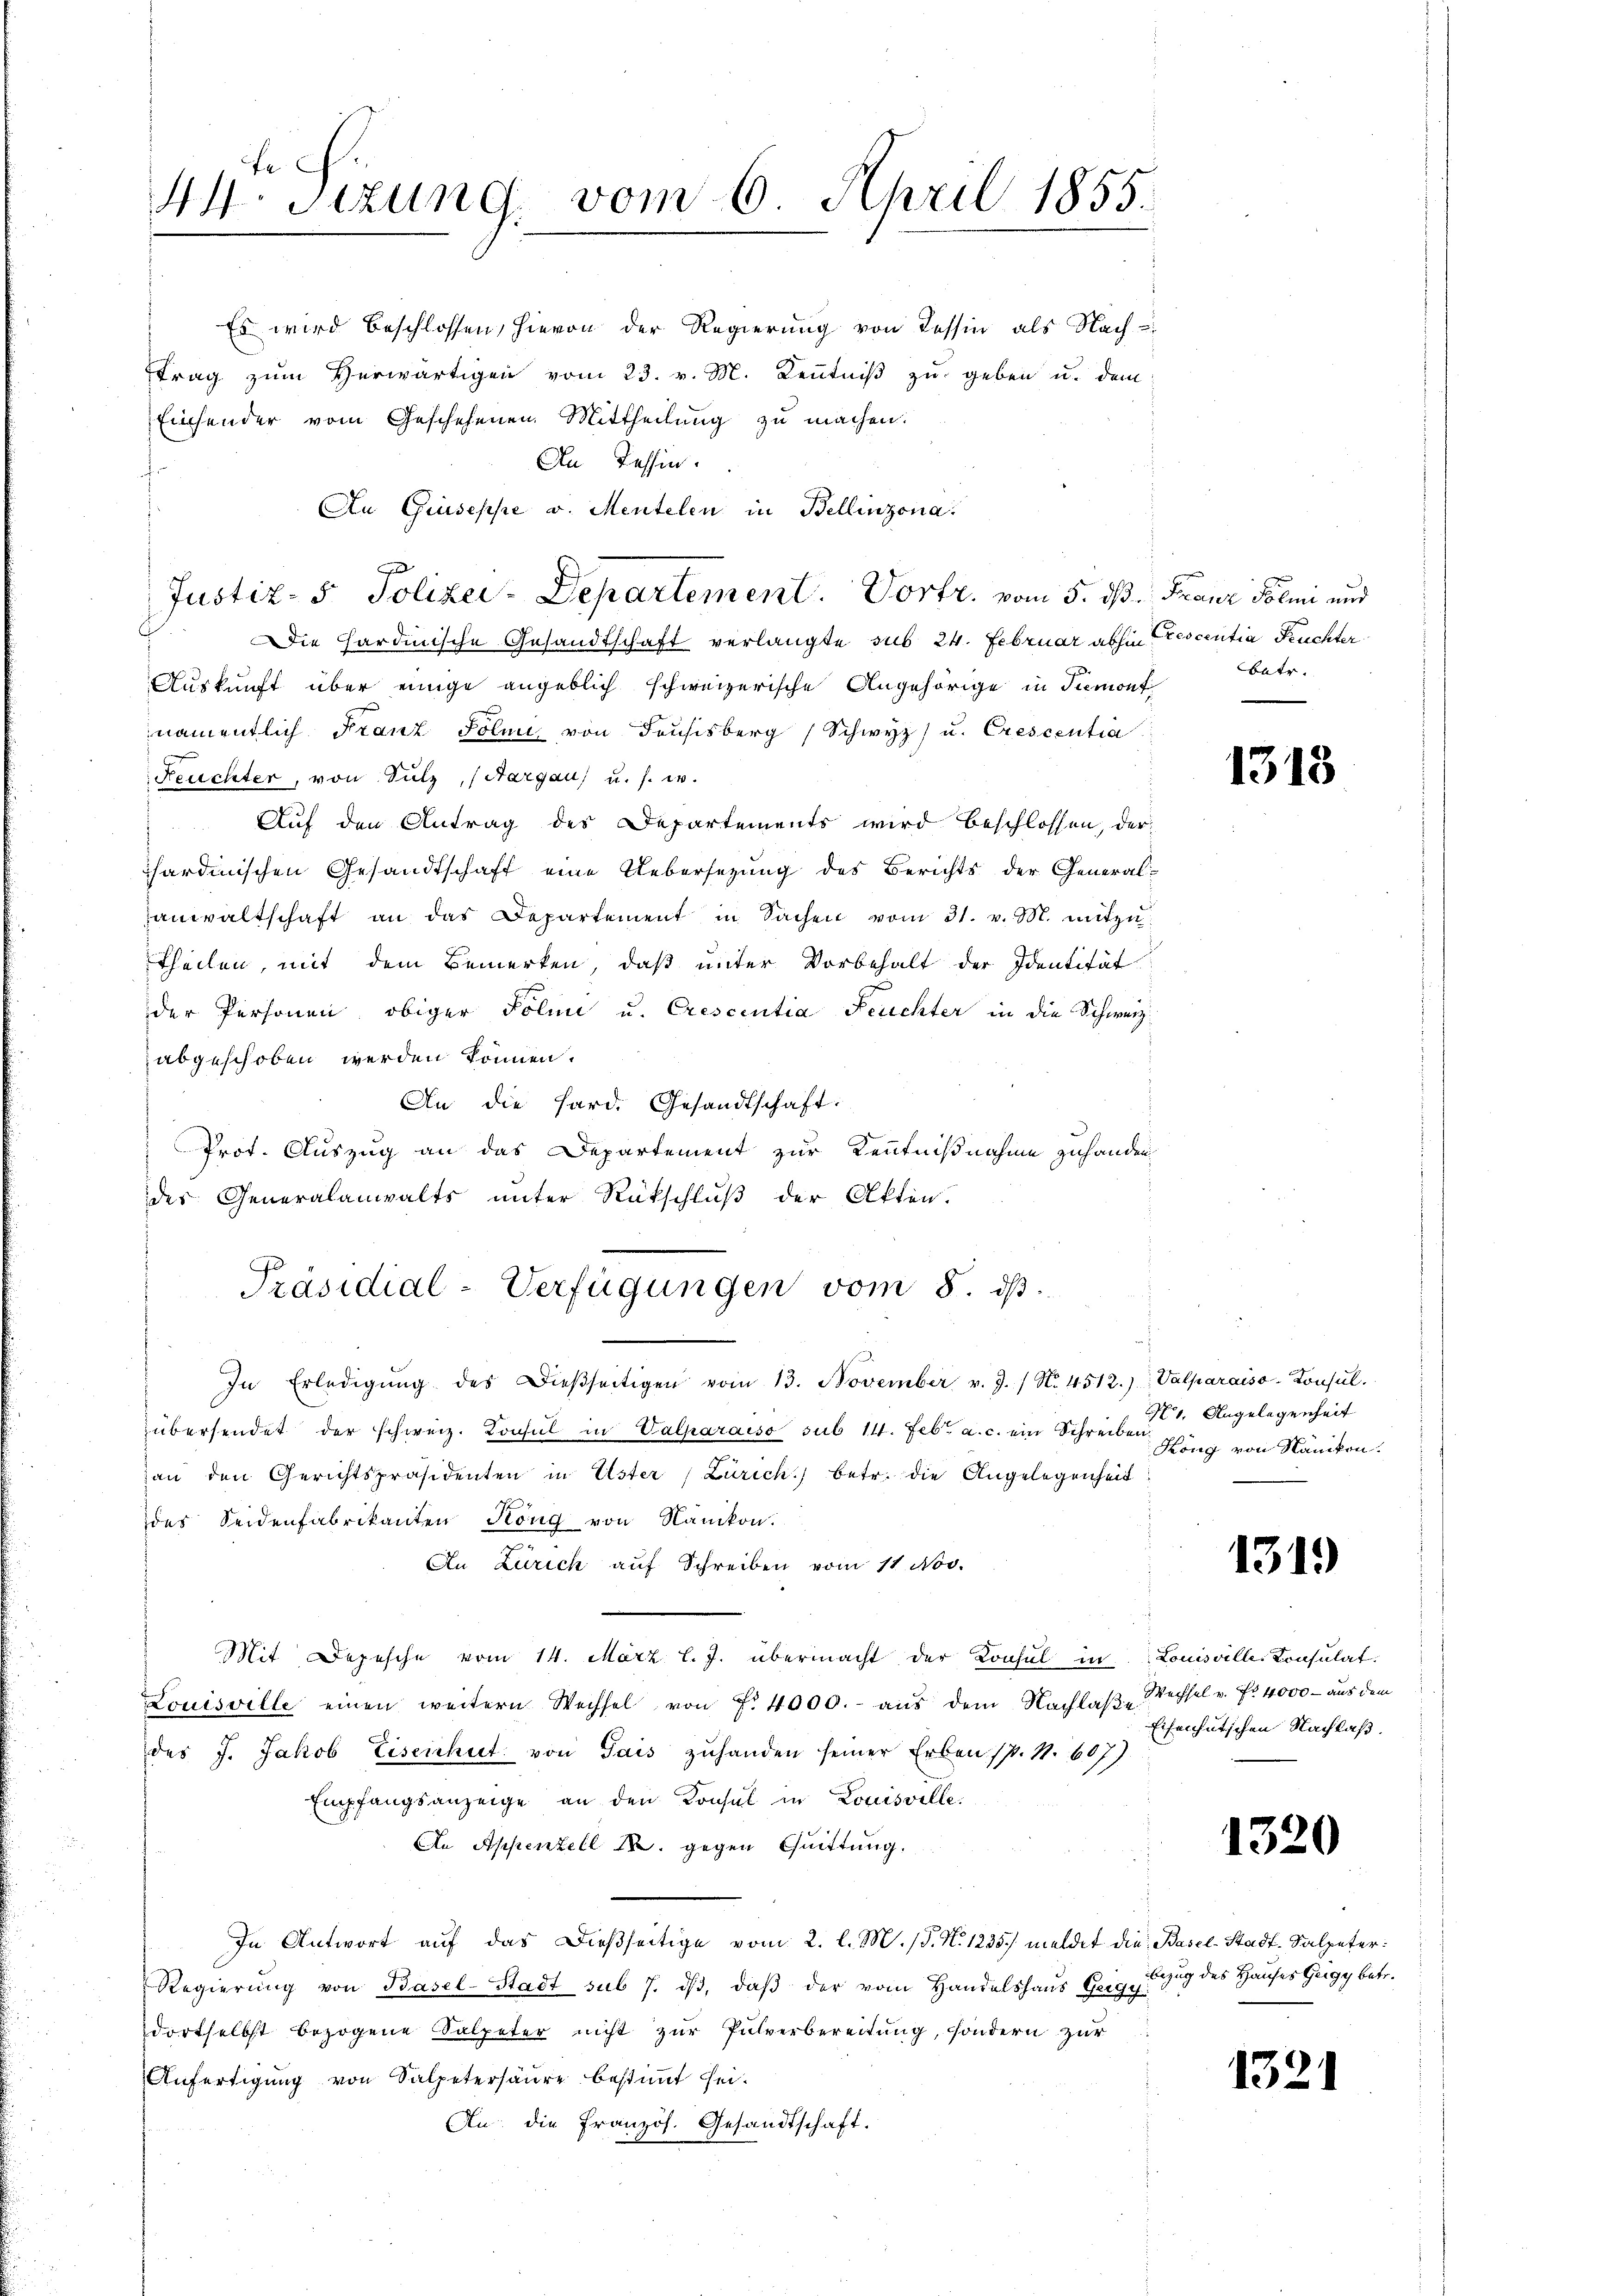
te
44. Sitzung, vom 6. April 1855.

Einsender vom Geschehenen Mittheilung zu machen.
An Tessin.
t
An Giuseppe v. Mentelen in Bellinzona.
Die Hardinische Gesandtschaft verlangte sub 24. Februar abhin Prescentia Feuchter
Auskunft über einige angeblich schweizerische Angehörige in Tremont
namentlich Franz Jolii von Feusisberg (Schwyz) u. Crescentia
Feuchter, von Sulz, (Aargau, u. s. w.
Auf den Antrag des Departements wird beschlossen, der
sardinischen Gesandtschaft eine Uebersezung des Berichts der Generalsanwaltschaft an das Departement in Sachen vom 31. v. M. mitzutheilen, mit dem Bemerken, daß unter Vorbehalt der Identität
der Personen obiger Polie u. Crescentia Feuchter in die Schweiz.
abgeschoben werden können.
An die Hard. Gesandtschaft:
Prot. Auszug an das Departement zur Kenntnißnahme zuhanden
des Generalanwalts unter Rückschluß der Akten.
Präsidial-Verfügungen vom 8. ds.
In Erledigŭng des Dieβseitigen vom 13. November v. J. / N. 4512.) Valparaiso-Konsŭl.
übersendet der schweiz. Konsul in Calparaiso sub 11. Febr. a. c. ein Schreiben
an den Gerichtspräsidenten in Uster Zürich) betr. die Angelegenheit
des Seidenfabrikanten Köng von Nänikon.
An Zürich auf Schreiben vom 11 Nov.
Mit Depesche vom 14. März l. J. übermacht der Konsul in
Louisville einen weitern Wechsel von f. 4000.- aŭs dem Nachlaβ-Wechsel v. Fr. 4000 - aus dem
des J. Jakob Eisenhut. von Gais zuhanden seiner Erben (p. N. 607)
Empfangsanzeige an den Konsul in Louisville.
An Appenzell M. gegen Quittung.
In Antwort auf das dießseitige vom 2. l. M. (T. N. 1235) meldet die Basel-Stadt-Salpeter:
Regierŭng von Basel-Stadt sub 7. dβ, daß der vom Handelshaus Geigy
dortselbst bezogene Salpeter nicht zur Pulverbereitung, sondern zur
Anfertigung von Salpetersäure bestimmt sei.
An die Französ. Gesandtschaft.

Es wird beschlossen, hievon der Regierung von Tessin, als Nachtrag zum Herwärtigen vom 23. v. M. Kenntniß zu geben u. dem

l
Justiz- & Polizei-Departement. Vortr. vom 5. ds. Franz Solmi und

batr.

1318

H. Angelegenheit
Köng von Nänikon.

1319

Louisville Consulat
Eisenhutschen Nachlaß.

1520

Bezug des Hauses Geige betr.

1321